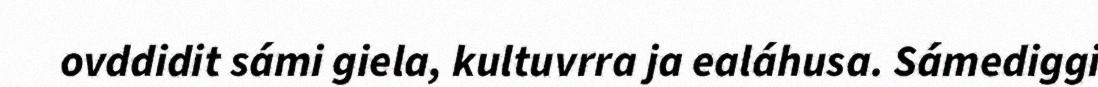
ovddidit sámi giela, kultuvrra ja ealáhusa. Sámediggi